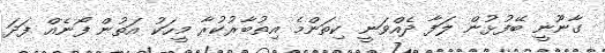
ގާނޫނީ ބޭފުޅުން ލަފާ ދެއްވަނީ ކިތަންމެ އިތުބާރުކުރާ މީހަކު އަތުން ފޯނެއް ފަދަ